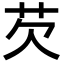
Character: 芡